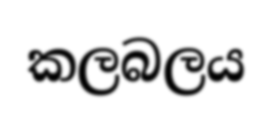
කලබලය